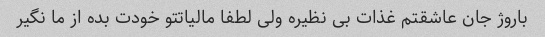
باروژ جان عاشقتم غذات بی نظیره ولی لطفا مالیاتتو خودت بده از ما نگیر